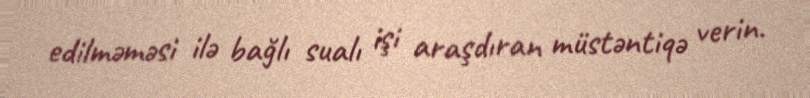
edilməməsi ilə bağlı sualı işi araşdıran müstəntiqə verin.